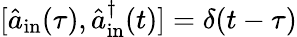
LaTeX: [\hat{a}_{\mathrm{in}}(\tau),\hat{a}_{\mathrm{in}}^{\dagger}(t)]=\delta(t-\tau)